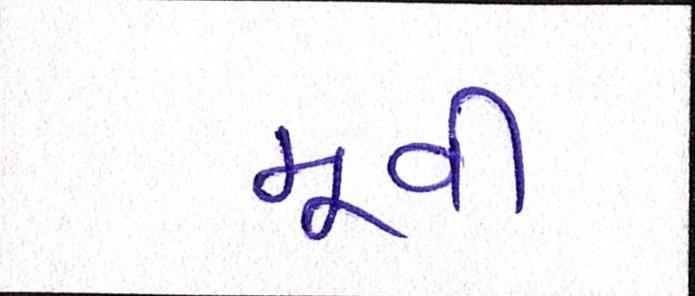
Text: મૂવી